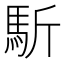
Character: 馸